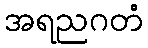
အရညဂတံ